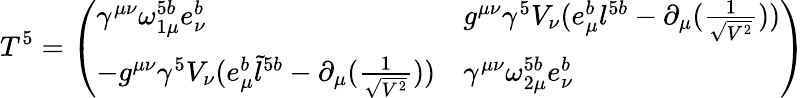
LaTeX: T^{5}=\left(\begin{array}{ll}{{\gamma^{\mu\nu}\omega_{1\mu}^{5b}e_{\nu}^{b}}}&{{g^{\mu\nu}\gamma^{5}V_{\nu}(e_{\mu}^{b}l^{5b}-\partial_{\mu}(\frac{1}{\sqrt{V^{2}}}))}}\\ {{-g^{\mu\nu}\gamma^{5}V_{\nu}(e_{\mu}^{b}\tilde{l}^{5b}-\partial_{\mu}(\frac{1}{\sqrt{V^{2}}}))}}&{{\gamma^{\mu\nu}\omega_{2\mu}^{5b}e_{\nu}^{b}}}\end{array}\right)